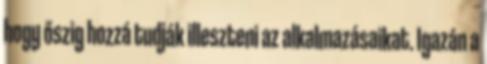
hogy őszig hozzá tudják illeszteni az alkalmazásaikat. Igazán a